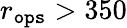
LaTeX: r_{\tt\mathtt{o}ps}>350